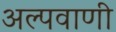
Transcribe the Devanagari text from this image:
अल्पवाणी